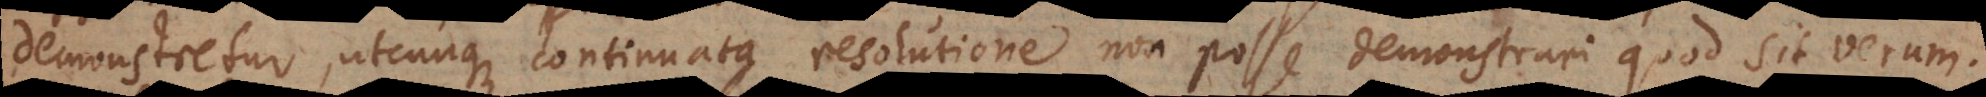
demonstretur, utcunque continuata resolutione non posse demonstrari quod sit verum.